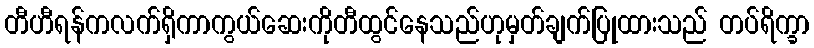
တီဟီရန်ကလက်ရှိကာကွယ်ဆေးကိုတီထွင်နေသည်ဟုမှတ်ချက်ပြုထားသည် တပ်ရိက္ခာ